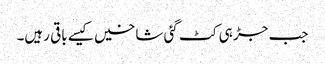
جب جڑ ہی کٹ گئی شاخیں کیسے باقی رہیں۔